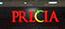
precia